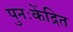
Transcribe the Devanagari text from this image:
पुनःकेंद्रित